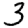
Digit: 3